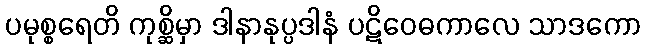
ပမုစ္စရေတိ ကုစ္ဆိမှာ ဒါနာနုပ္ပဒါနံ ပဋိဝေဓကာလေ သာဒကော